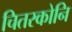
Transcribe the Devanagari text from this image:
चितरकोनि